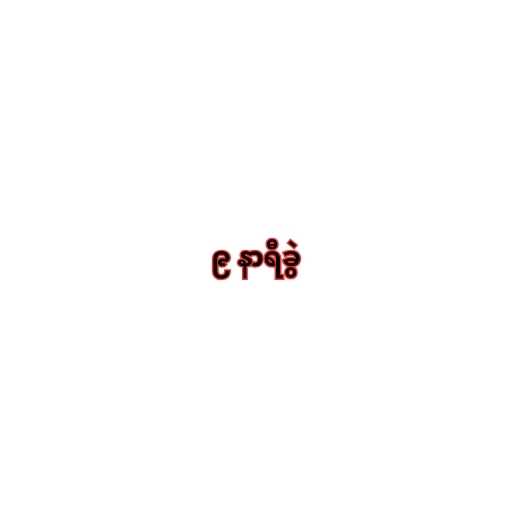
၉ နာရီခွဲ